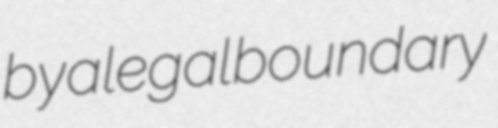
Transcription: by a legal boundary